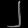
Digit: ၂